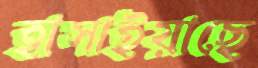
হাসাইয়াছে